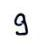
9